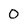
Character: 0